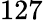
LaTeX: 127